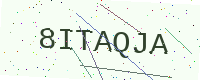
Text: 8ITAQJA